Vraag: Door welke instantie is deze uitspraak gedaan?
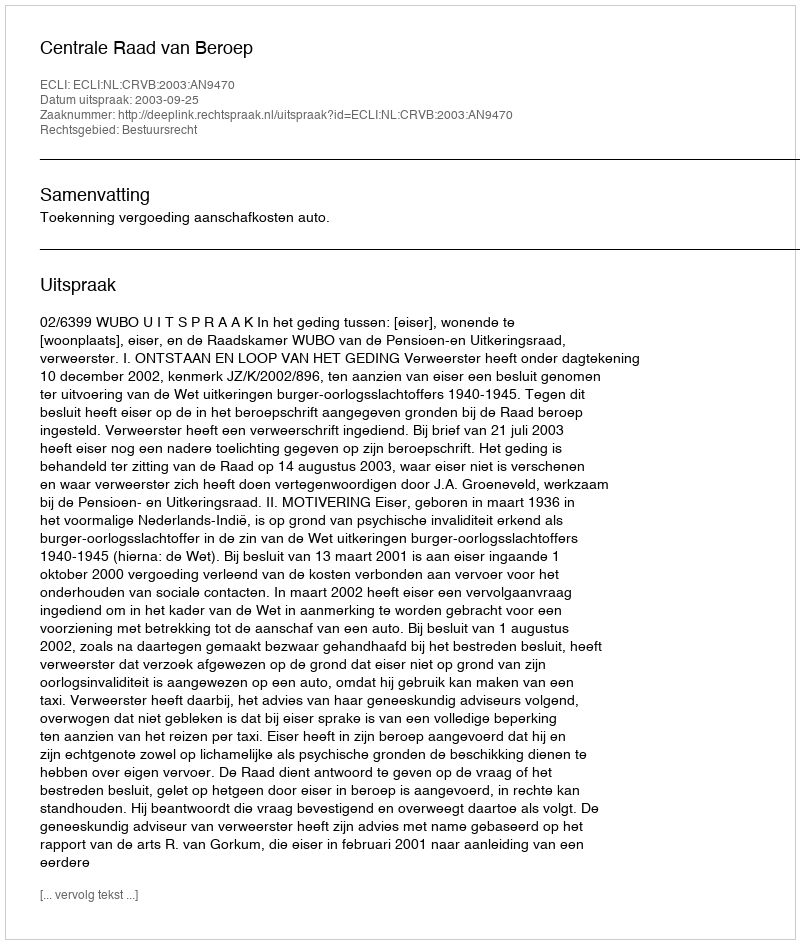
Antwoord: Centrale Raad van Beroep